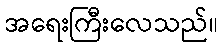
အရေးကြီးလေသည်။